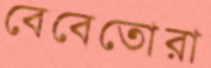
বেবেতোরা